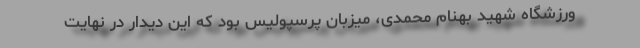
ورزشگاه شهید بهنام محمدی، میزبان پرسپولیس بود که این دیدار در نهایت